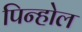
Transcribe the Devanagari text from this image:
पिन्होल